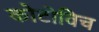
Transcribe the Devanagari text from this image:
कोटोविच